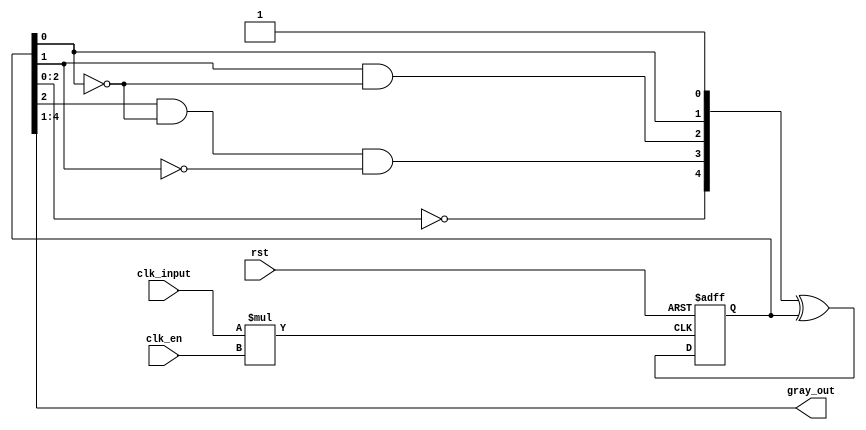
`timescale 1ns / 100ps
module gray_Nbits (clk_input, clk_en, rst, gray_out);
  parameter N = 4; //Number of bits used for the Gray Counter
  input clk_input,clk_en,rst;
  wire clk = clk_input*clk_en;
  output [N-1:0] gray_out; //Output Gray Counter
  reg [N:0] state=0;
  reg [N:0] toggle;
  integer n,j;
  
  // The state of the Gray counter
  always @(posedge clk, posedge rst)
    begin
	     if (rst)
		    state<= 1<<N; // Initialize state with 1000..00
	     else
	       state<= toggle^state;   
	 end

  // The combinational logic produces the toggle[N:0] signals
  always @(state) //(state) 
    begin     
        toggle[0] =  1'b1;    //each active clock
        toggle[1] = state[0]; //when bit0 is 1	
        for (n=2; n<N; n=n+1) 
            begin
                toggle[n]= (state[n-1]==1); // Variable bit range selection: state[n-2:0]==0 is not valid in verilog syntax 
                for (j=0; j<=n-2 ; j=j+1)  //: for loop implementation of state[n-2:0]==0
                   toggle[n]= (toggle[n] && state[j]==0);
	        end
	    toggle[N]= state[N-2:0]==0; 
	end
	
    assign gray_out=state[N:1];
endmodule